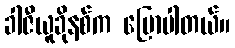
ခါဇီယူခိုနစ်က ပြောပါတယ်။